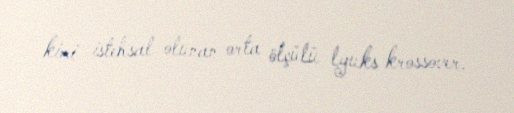
kimi istehsal olunan orta ölçülü lyuks krossover.